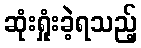
ဆုံးရှုံးခဲ့ရသည့်